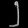
Digit: ၂